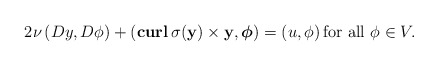
\begin{align*}2\nu\left(Dy,D\phi\right)+\left( \mathbf{curl}\, \sigma(\mathbf y)\times \mathbf y, \boldsymbol\phi\right)=\left( u, \phi\right) \mbox{for all} \ \phi\in V.\end{align*}